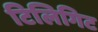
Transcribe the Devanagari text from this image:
टिलिगिट